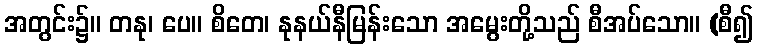
အတွင်း၌။ တနု၊ ပေ။ စိတေ၊ နုနယ်နီမြန်းသော အမွေးတို့သည် စီအပ်သော။ (စီ၍